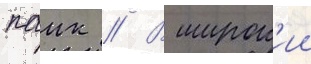
паик // В широк'ии